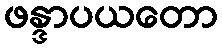
ဖန္ဒာပယတော